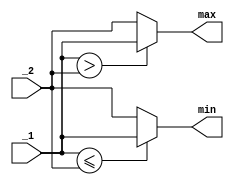

`default_nettype none

module sorter2 (max, min, _1, _2);
	// Parameters
	parameter DATA_WIDTH = 8;

	// Outputs
	output wire [DATA_WIDTH - 1 : 0] min, max;

	// Inputs
	input wire [DATA_WIDTH - 1 : 0] _1, _2;

	// Dataflow description on module
	assign min = (_1 <= _2) ? _1 : _2;
	assign max = (_1 >  _2) ? _1 : _2;
endmodule